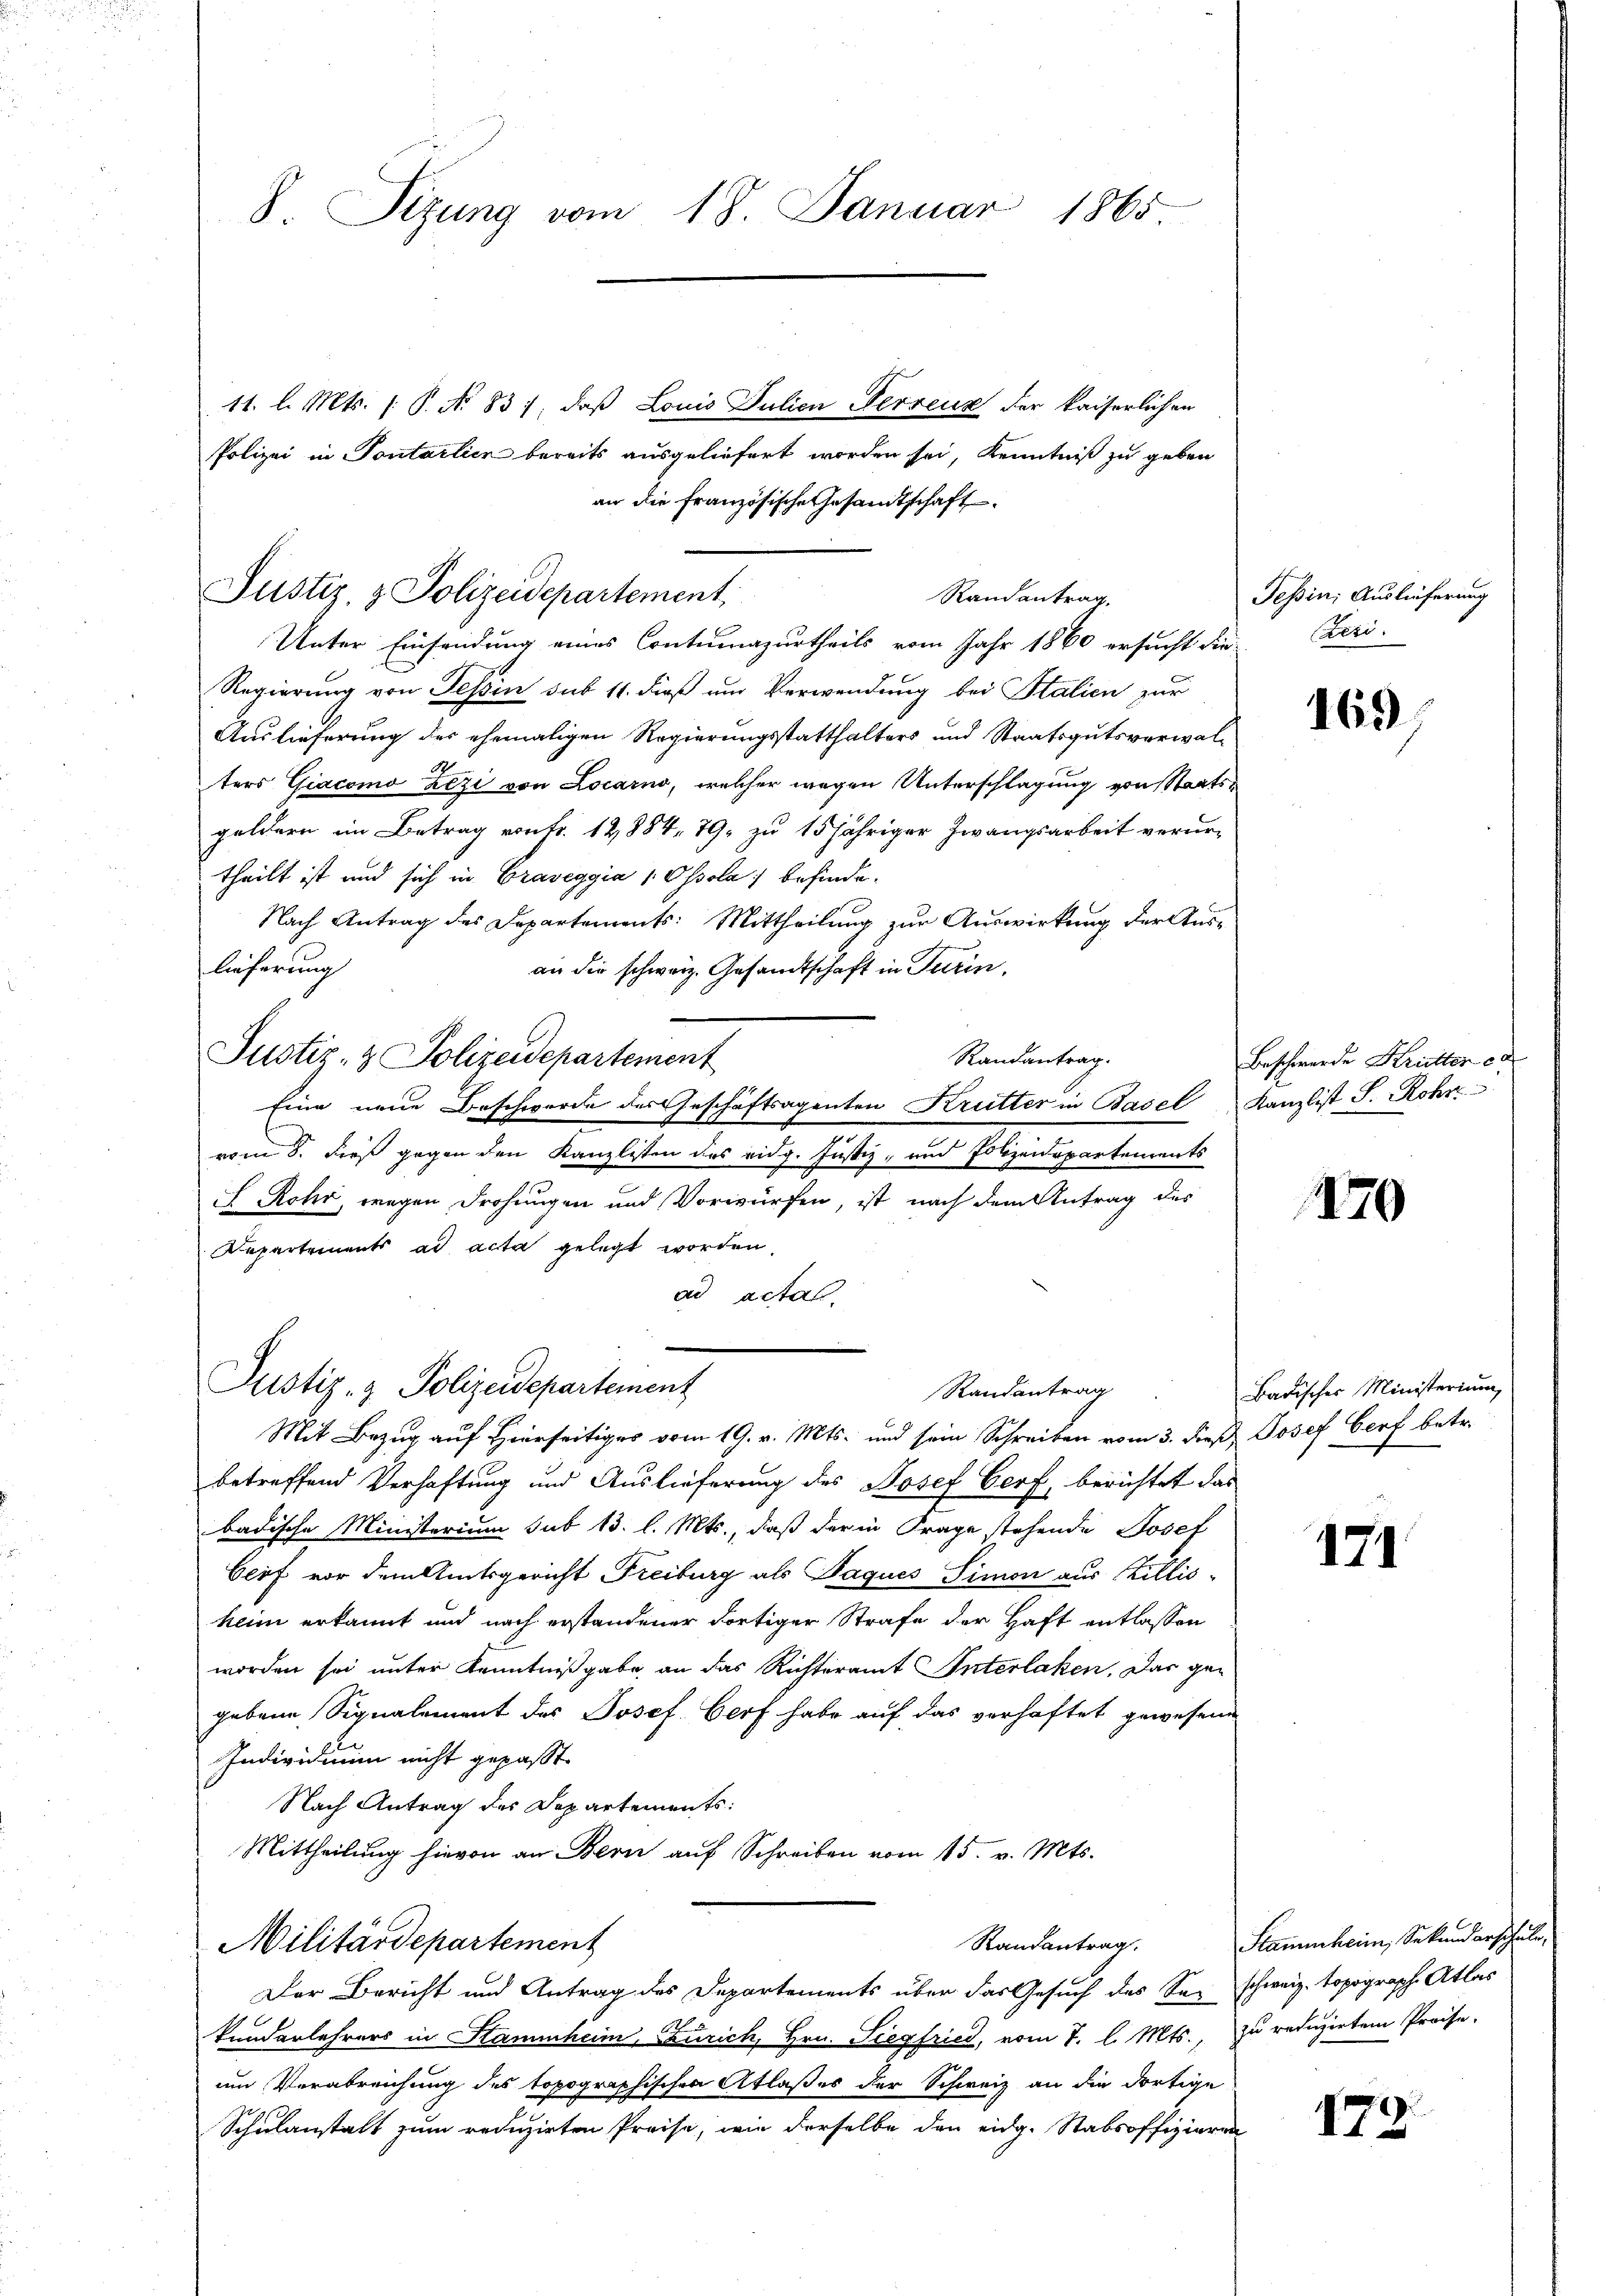
Sizung vom 18. Januar 1865

11. l. Mts. 1. P. Nr. 83), daß Louis Julien Verrenz der kaiserlichen
Polizei in Pontarlier bereits ausgeliefert worden sei, Kenntniß zu geben
an die Französische Gesamtschaft
Unter Einsendung eines Contumazurtheils vom Jahr 1860 ersucht die
Regierung von Tessin sub 11. dieß um Verwendung bei Stalien zur
Auslieferung des ehemaligen Regierungsstatthalters und Staatsgutsverwalters Giacomo Zezi von Locarno, welcher wegen Unterschlagung von Staatsgeldern im Betrag von Fr. 12,884, 79, zu 15 jähriger Zwangsarbeit verurtheilt ist und sich in Graveggia 1 Ossola befinde-
Nach Antrag des Departements: Mittheilung zur Auswirkung der Auslieferung
an die schweiz. Gesandtschaft in Turin,
Randantrag.
Justiz- & Polizeidepartement
Eine neue Beschwerde des Geschäftsagenten Krutter in Basel Kanzlist S. Rohr
vom 8. dieß gegen den Kanzlisten des eidg. Justiz- und Polizenspartements
 Rohr, wegen Drohungen und Vorwürfen, ist nach dem Antrag des
Repartements ad acta gelegt worden,
ad acta

Justiz & Polizeidepartement,

Justiz- & Polizeidepartement
Randantrag

Mit Bezug auf Hierseitiges vom 19. v. Mts. und sein Schreiben vom 3. dieß Josef Dorf betr.
betreffend Verhaftung und Auslieferung des Josef Gerf, berichtet das
badische Ministerium sub 13. l. Mts., daß der in Frage stehende Josef
Gerf vor dem Amtsgericht Freiburg als Paques Simon aus Billisheim erkannt und nach erstandener dortiger Strafe der Haft entlassen
worden sei unter Kenntnißgabe an das Richteramt Interlaken. Das gan
gebene Signalement des Josef Verf habe auf das verhaftet gewesen
Individimum nicht gepasst.
Nach Antrag des Departements:
Mittheilung hievon an Bern auf Schreiben vom 15. v. Mts.
Randantrag.
Militärdepartement
Der Bericht und Antrag des Departements über das Gesuch des Sa-schweiz. topograph Atlas
kundarlehrers in Stammheim, Zürich, Hrn. Siegfried, vom 7. l. Mts., zu reduzirten Preise-
im Verabreichung des topographischen Atlaßes der Schweiz an die dortige
Schulanstalt zum reduzirten Preise, wie derselbe den eidg. Stabsoffizieren

Randantrag.

Tessin; Auslieferung
Zeri

169

Beschwerde Krütter d

1170

Badisches Ministerium

171

Stammheim, Sekundarschule,

179